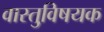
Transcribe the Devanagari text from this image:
वास्तुवि़षयक